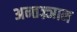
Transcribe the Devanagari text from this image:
अन्तज्र्ञान